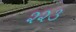
૨૨૩